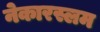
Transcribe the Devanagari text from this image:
नेकारस्लम